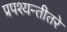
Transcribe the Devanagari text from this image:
प्रपश्यन्तीतरे